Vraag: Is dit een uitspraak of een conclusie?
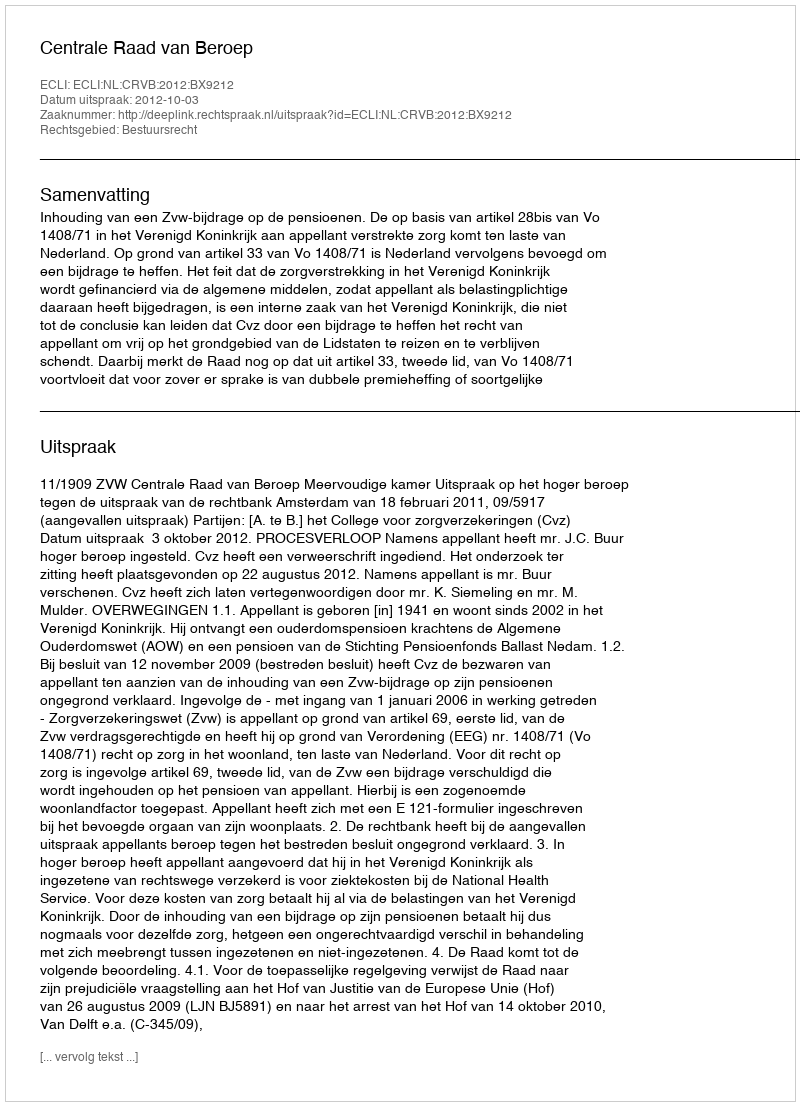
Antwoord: Uitspraak